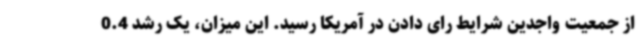
از جمعیت واجدین شرایط رای دادن در آمریکا رسید. این میزان، یک رشد 0.4